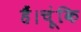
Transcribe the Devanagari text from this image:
हैं।चूंकि